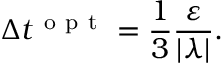
\Delta t ^ { \mathrm { ~ o ~ p ~ t ~ } } = \frac { 1 } { 3 } \frac { \varepsilon } { | \lambda | } .